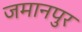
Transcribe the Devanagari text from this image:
जमानपुर